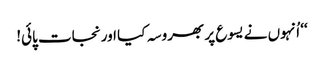
‘‘ اُنہوں نے یسوع پر بھروسہ کیا اور نجات پائی!